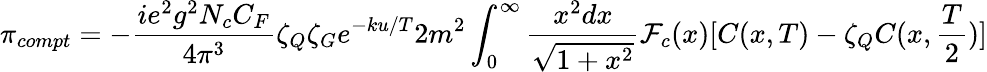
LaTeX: \pi_{compt}=-{\frac{ie^{2}g^{2}N_{c}C_{F}}{4\pi^{3}}}\zeta_{Q}\zeta_{G}e^{-ku/T}2m^{2}\int_{0}^{\infty}{\frac{x^{2}dx}{\sqrt{1+x^{2}}}}{\cal F}_{c}(x)[C(x,T)-\zeta_{Q}C(x,{\frac{T}{2}})]